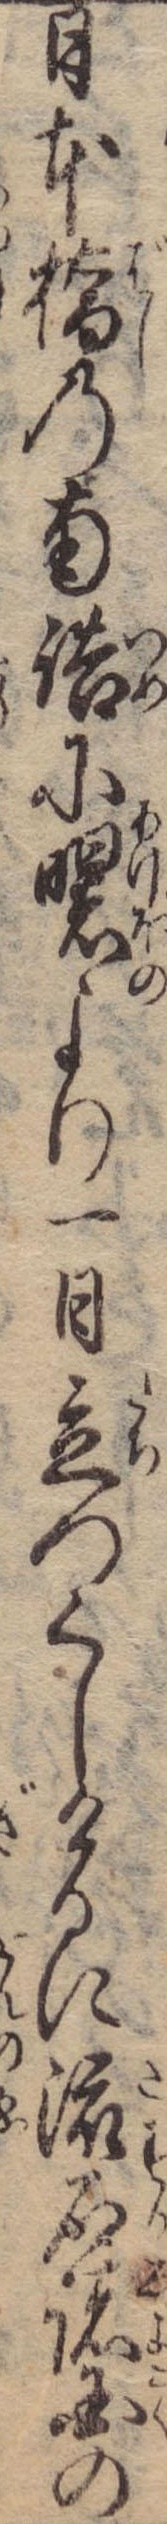
日本橋の南詰に曙より一日立つくしけるに流石諸国の